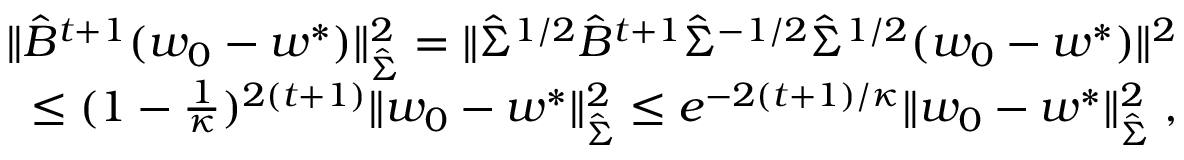
\begin{array} { r } { \| \hat { B } ^ { t + 1 } ( w _ { 0 } - w ^ { * } ) \| _ { \hat { \Sigma } } ^ { 2 } = \| \hat { \Sigma } ^ { 1 / 2 } \hat { B } ^ { t + 1 } \hat { \Sigma } ^ { - 1 / 2 } \hat { \Sigma } ^ { 1 / 2 } ( w _ { 0 } - w ^ { * } ) \| ^ { 2 } } \\ { \le ( 1 - \frac { 1 } { \kappa } ) ^ { 2 ( t + 1 ) } \| w _ { 0 } - w ^ { * } \| _ { \hat { \Sigma } } ^ { 2 } \le e ^ { - 2 ( t + 1 ) / \kappa } \| w _ { 0 } - w ^ { * } \| _ { \hat { \Sigma } } ^ { 2 } \; , } \end{array}